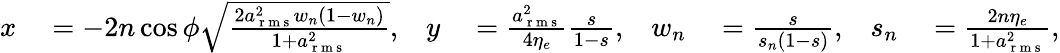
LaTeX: \begin{array}{rlrlrlrl}{x}&{{}=-2n\cos\phi\sqrt{\frac{2a_{\mathrm{~r~m~s~}}^{2}w_{n}(1-w_{n})}{1+a_{\mathrm{~r~m~s~}}^{2}}},}&{y}&{{}=\frac{a_{\mathrm{~r~m~s~}}^{2}}{4\eta_{e}}\frac{s}{1-s},}&{w_{n}}&{{}=\frac{s}{s_{n}(1-s)},}&{s_{n}}&{{}=\frac{2n\eta_{e}}{1+a_{\mathrm{~r~m~s~}}^{2}},}\end{array}